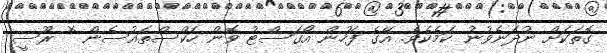
ގޮތަކަށް ނުދަނެވުނު ކަމެކެވެ. އޭގެ ފަހުން އޯގަސްޓު ވޮން ހަކްސްތައުސެން * ރޫސީ